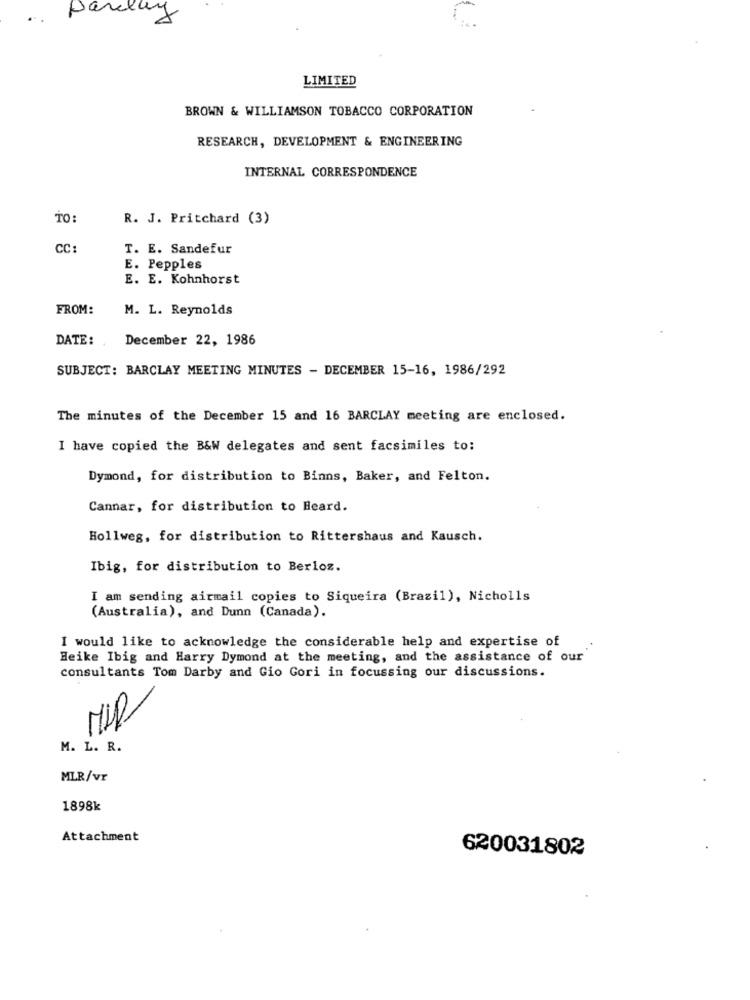
..
Barclay
LIMITED
BROWN & WILLIAMSON TOBACCO CORPORATION
RESEARCH, DEVELOPMENT & ENGINEERING
INTERNAL CORRESPONDENCE
TO:
R. J. Pritchard (3)
CC:
T. E. Sandefur
E. Pepples
E. E. Kohnhorst
FROM:
M. L. Reynolds
DATE:
December 22, 1986
SUBJECT: BARCLAY MEETING MINUTES - DECEMBER 15-16, 1986/292
The minutes of the December 15 and 16 BARCLAY meeting are enclosed.
I have copied the B&W delegates and sent facsimiles to:
Dymond, for distribution to Binns, Baker, and Felton.
Cannar, for distribution to Heard.
Hollweg, for distribution to Rittershaus and Kausch.
Ibig, for distribution to Berloz.
I am sending airmail copies to Siqueira (Brazil), Nicholls
(Australia), and Dunn (Canada).
I would like to acknowledge the considerable help and expertise of
Heike Ibig and Harry Dymond at the meeting, and the assistance of our
consultants Tom Darby and Gio Gori in focussing our discussions.
MIR
M. L. R.
MLR/vr
1898k
Attachment
620031802